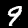
Label: 9